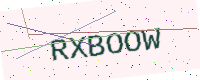
Text: RXBOOW